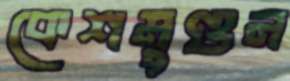
কেশমুণ্ডন